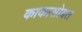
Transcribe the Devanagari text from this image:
काकासोबत